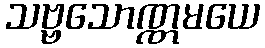
သဗ္ဗသောဏ္ဏမယေ